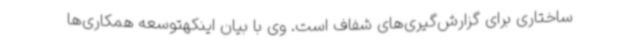
ساختاری برای گزارش‌گیری‌های شفاف است. وی با بیان اینکهتوسعه همکاری‌ها